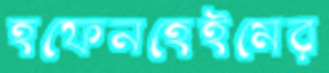
হফেনহেইমের